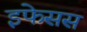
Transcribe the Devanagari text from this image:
इफेसस